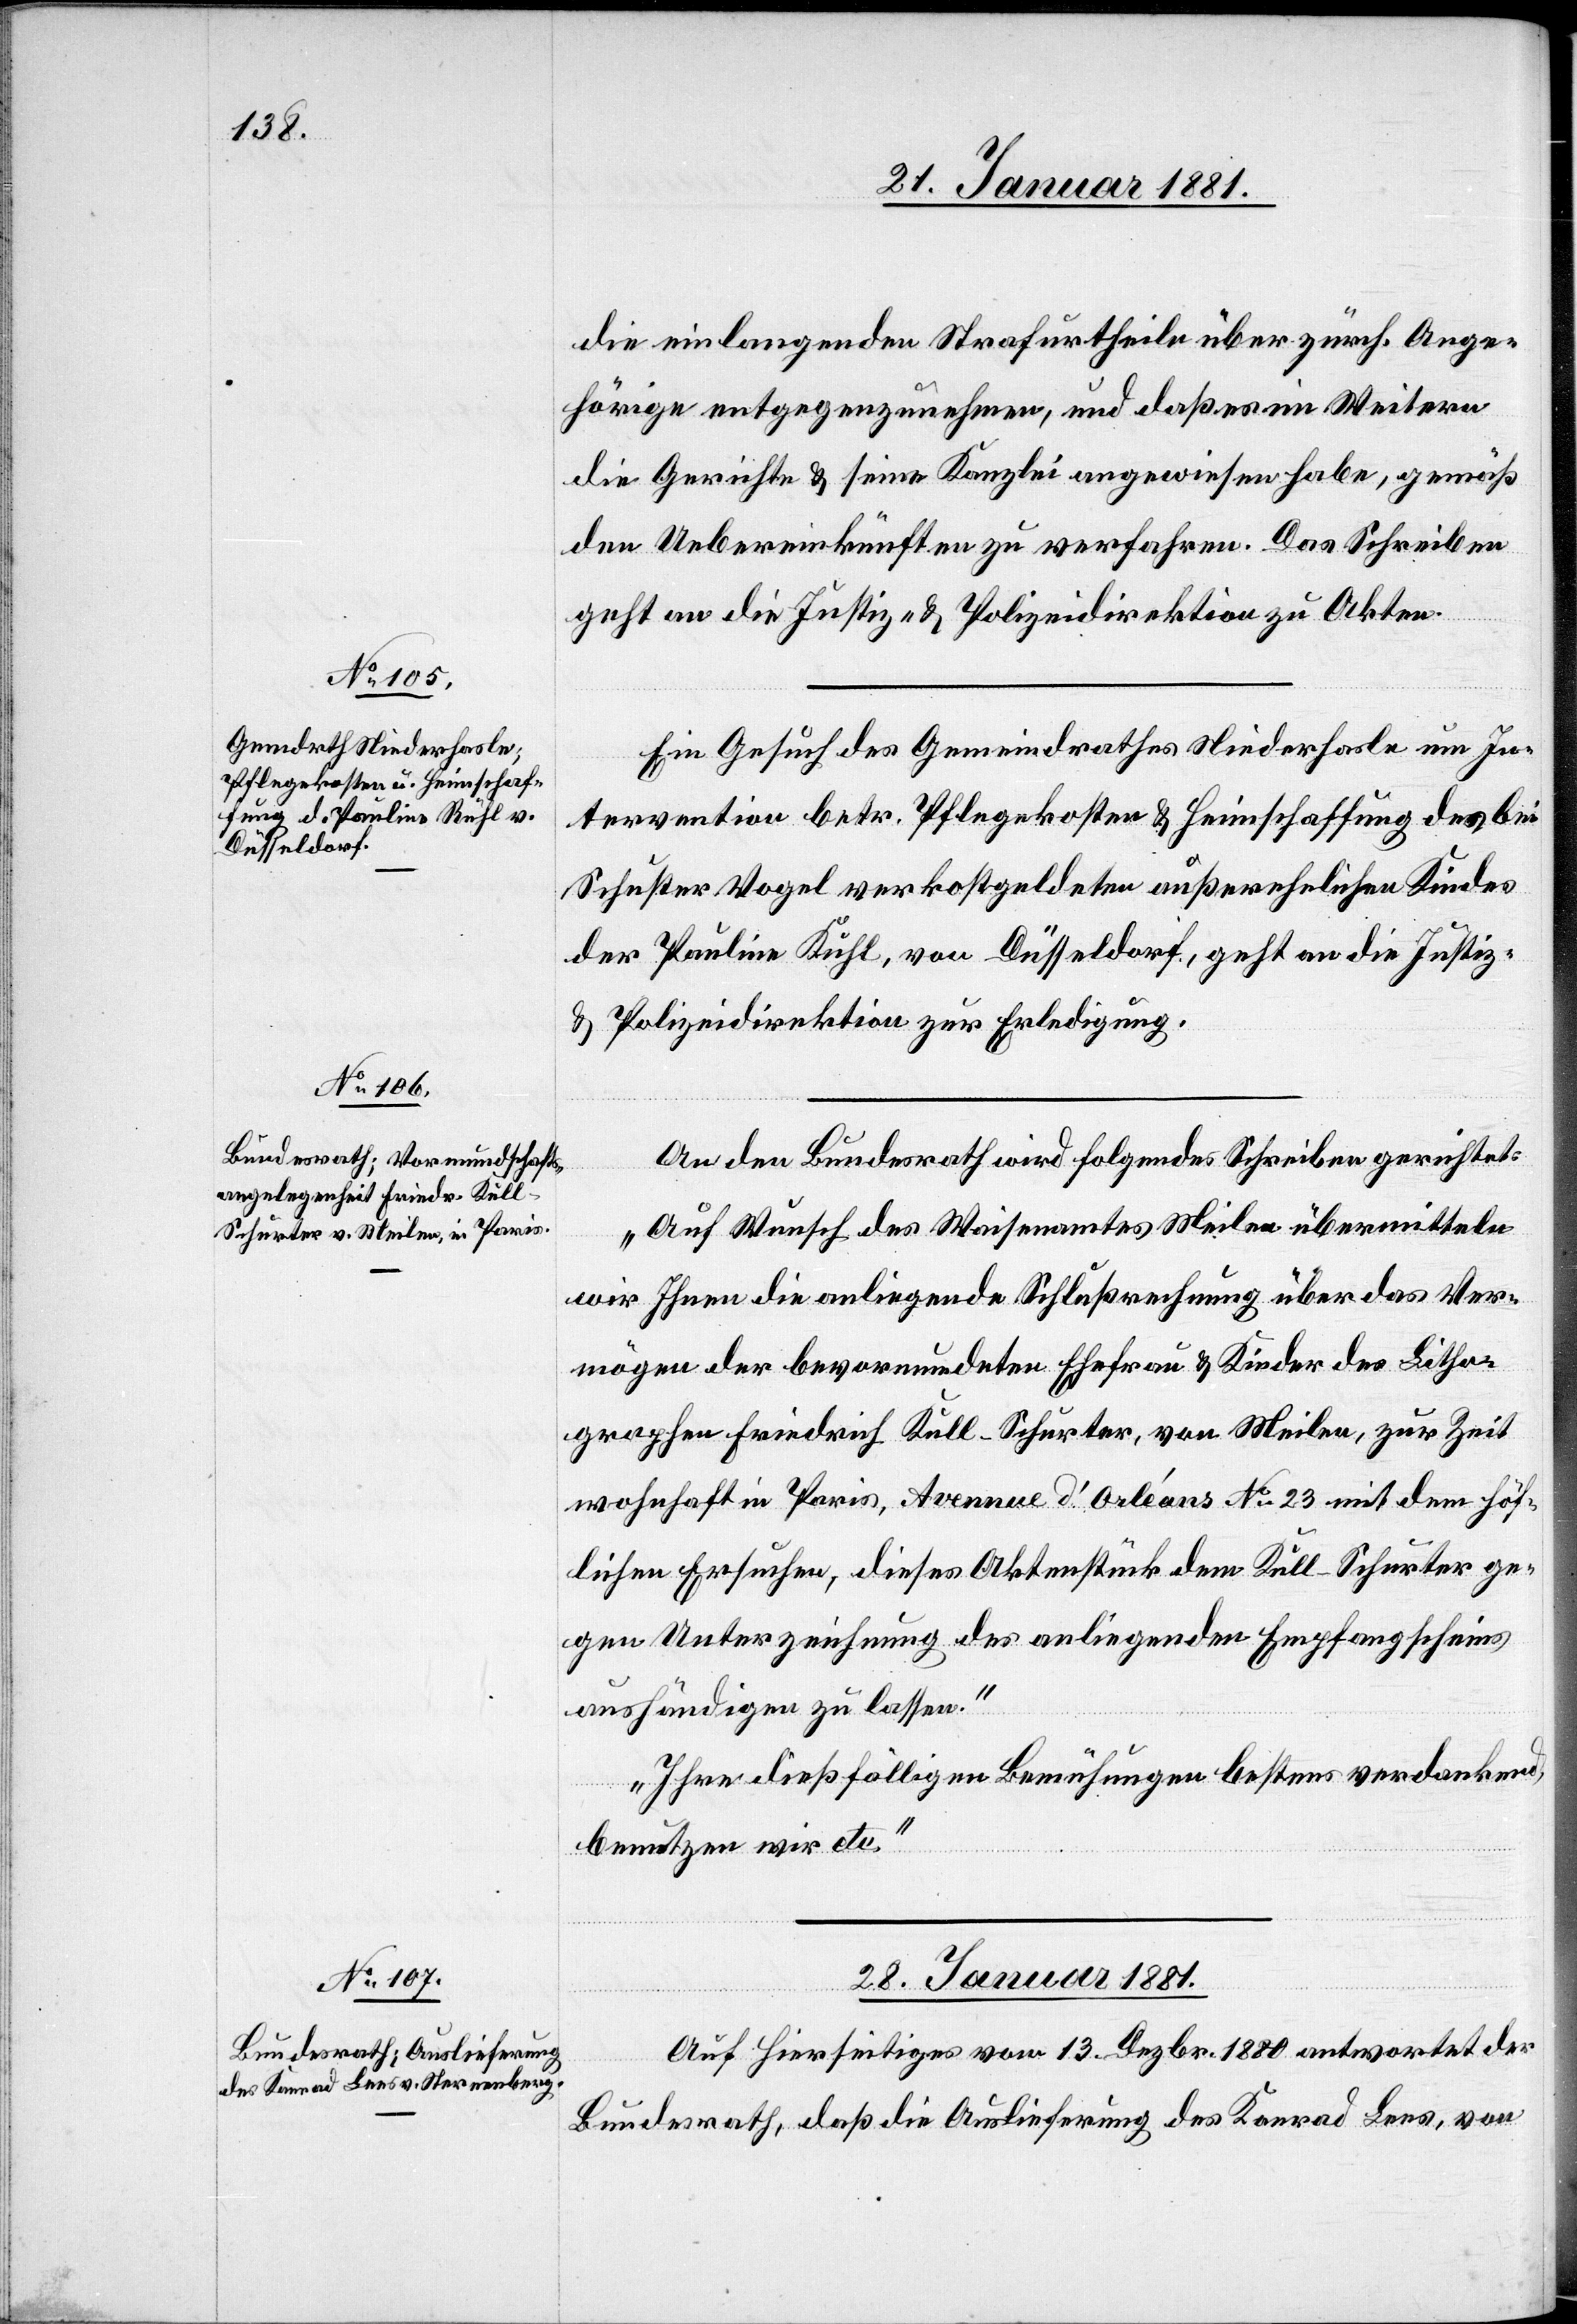
27. Januar 1881.]
die einlangenden Strafurtheile über zürch. Ange¬
hörige entgegenzunehmen, und daß es im Weitern
die Gerichte & seine Kanzlei angewiesen habe, gemäß
den Uebereinkünften zu verfahren. Das Schreiben
geht an die Justiz- & Polizeidirektion zu Akten.
Ein Gesuch des Gemeindrathes Niederhasle um In¬
tervention betr. Pflegekosten & Heimschaffung des bei
Schuster Vogel verkostgeldeten außerehelichen Kindes
der Pauline Rühl, von Düsseldorf, geht an die Justiz-
& Polizeidirektion zur Erledigung.
An den Bundesrath wird folgendes Schreiben gerichtet:
„Auf Wunsch des Waisenamtes Meilen übermitteln
wir Ihnen die anliegende Schlußrechnung über das Ver¬
mögen der bevormundeten Ehefrau & Kinder des Litho¬
graphen Friedrich Kull-Schurter, von Meilen, zur Zeit
wohnhaft in Paris, Avenue d‘Orléans No 23 mit dem höf¬
lichen Ersuchen, dieses Aktenstück dem Kull-Schurter ge¬
gen Unterzeichnung des anliegenden Empfangscheins
aushändigen zu lassen.“
„Ihre dießfälligen Bemühungen bestens verdankend,
benutzen wir etc.“
28. Januar 1881.
Auf hierseitigen vom 13. Dezbr. 1880 antwortet der
Bundesrath, daß die Auslieferung des Konrad Lees, von